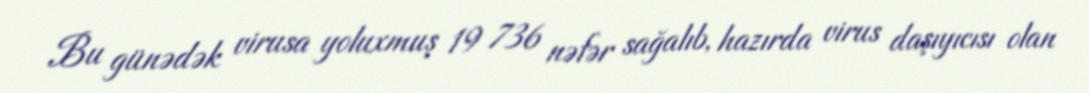
Bu günədək virusa yoluxmuş 19 736 nəfər sağalıb, hazırda virus daşıyıcısı olan